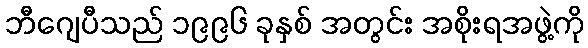
ဘီဂျေပီသည် ၁၉၉၆ ခုနှစ် အတွင်း အစိုးရအဖွဲ့ကို